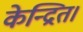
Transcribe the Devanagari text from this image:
केन्द्रित।